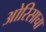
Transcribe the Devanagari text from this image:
ओरिसाचा